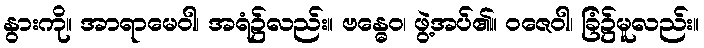
နွားကို။ အာရာမေဝါ၊ အရံ၌လည်း။ ဗန္ဓေဝ၊ ဖွဲ့အပ်၏။ ဝဇေဝါ၊ ခြံ၌မူလည်း။